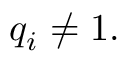
q _ { i } \neq 1 .